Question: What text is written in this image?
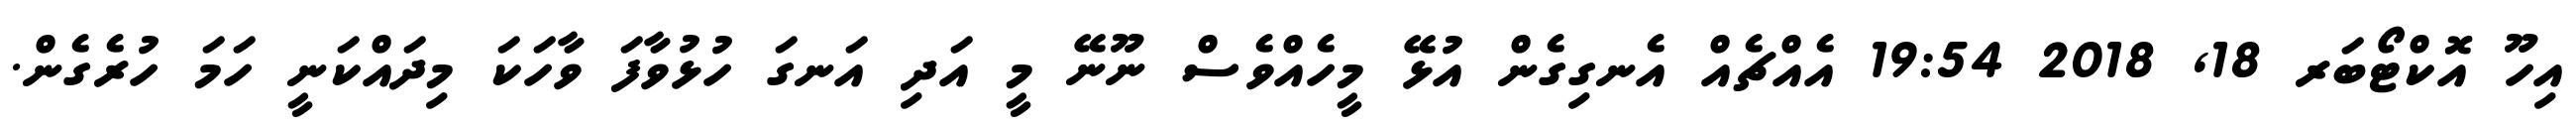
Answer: އިހޫ އޮކްޓޯބަރ 18, 2018 19:54 އެއްޗެއް އެނގިގެން އުޅޭ މީހެއްވެސް ނޫނޭ މީ އަދި އަނގަ ހުޅުވާފަ ވާހަކަ މިދައްކަނީ ހަމަ ހުރެގެން.